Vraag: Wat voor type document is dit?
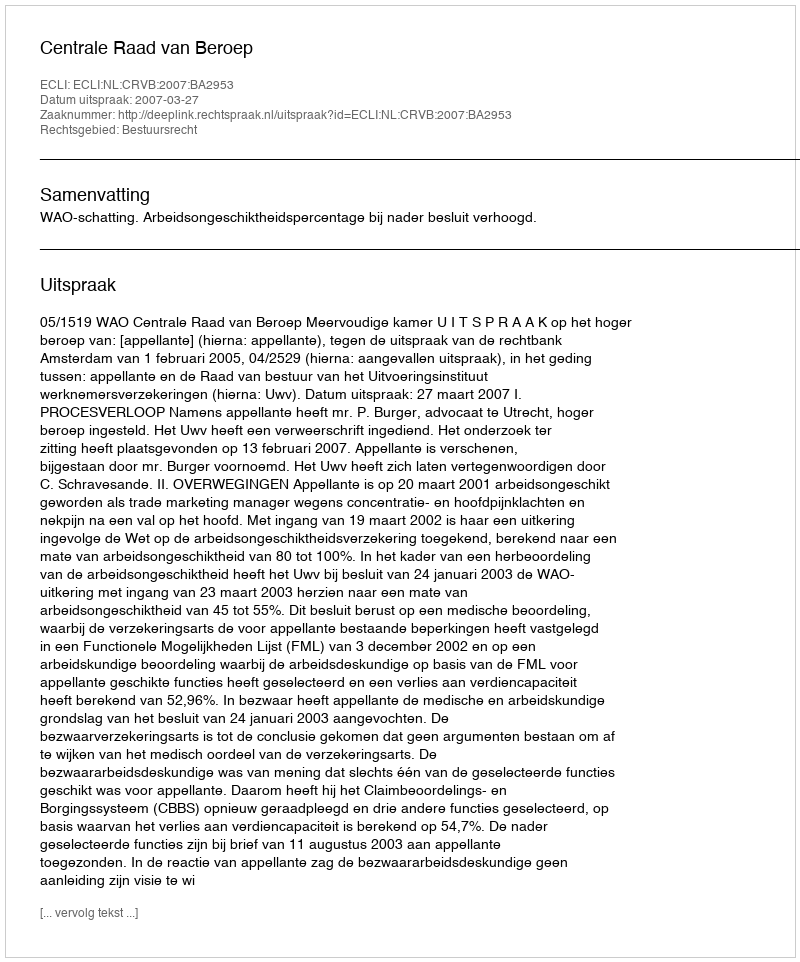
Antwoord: Uitspraak